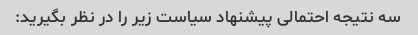
سه نتیجه احتمالی پیشنهاد سیاست زیر را در نظر بگیرید: